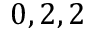
0 , 2 , 2